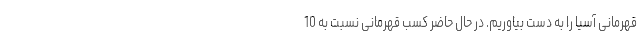
قهرمانی آسیا را به دست بیاوریم. در حال حاضر کسب قهرمانی نسبت به 10